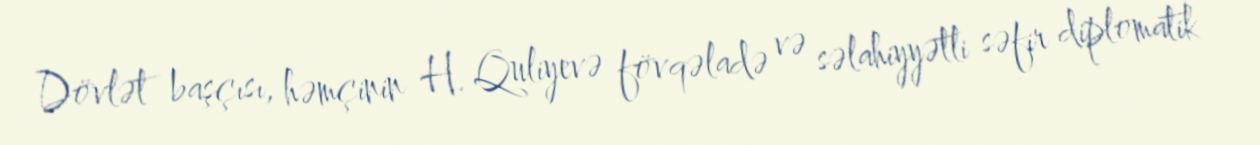
Dövlət başçısı, həmçinin H. Quliyevə fövqəladə və səlahiyyətli səfir diplomatik